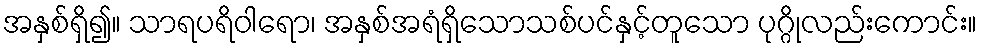
အနှစ်ရှိ၍။ သာရပရိဝါရော၊ အနှစ်အရံရှိသောသစ်ပင်နှင့်တူသော ပုဂ္ဂိုလည်းကောင်း။